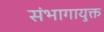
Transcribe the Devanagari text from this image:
संभागायुक्त